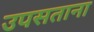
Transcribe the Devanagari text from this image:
उपसताना